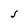
Character: J